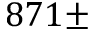
8 7 1 \pm